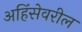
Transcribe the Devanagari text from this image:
अहिंसेवरील